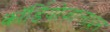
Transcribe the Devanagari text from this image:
कॉर्डियोज़ालाइन